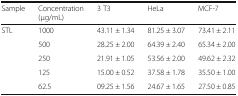
<table><thead><tr><td><b>Sample</b></td><td><b>Concentration(μg/mL)</b></td><td><b>3 T3</b></td><td><b>HeLa</b></td><td><b>MCF-7</b></td></tr></thead><tbody><tr><td rowspan="5">STL</td><td>1000</td><td>43.11 ± 1.34</td><td>81.25 ± 3.07</td><td>73.41 ± 2.11</td></tr><tr><td>500</td><td>28.25 ± 2.00</td><td>64.39 ± 2.40</td><td>65.34 ± 2.00</td></tr><tr><td>250</td><td>21.91 ± 1.05</td><td>53.56 ± 2.00</td><td>49.62 ± 2.32</td></tr><tr><td>125</td><td>15.00 ± 0.52</td><td>37.58 ± 1.78</td><td>35.50 ± 1.00</td></tr><tr><td>62.5</td><td>09.25 ± 1.56</td><td>24.67 ± 1.65</td><td>27.50 ± 0.85</td></tr></tbody></table>